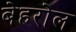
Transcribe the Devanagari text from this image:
बेहरोल